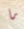
ما